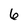
Character: 6